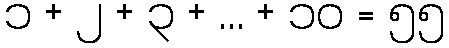
၁ + ၂ + ၃ + ... + ၁၀ = ၅၅